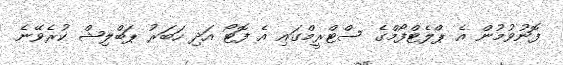
ފޮނުވުމުން އެ ޕްލެޓްފޯމްގެ ސްޓްރީމްގައި އެ ފޮޓޯ އަދި ހަބަރު ޕަބްލިޝް ކުރެވޭނެ